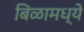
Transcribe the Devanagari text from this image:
बिळामध्ये